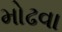
મોઢવા